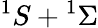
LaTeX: ^{1}S+{}^{1}\Sigma